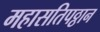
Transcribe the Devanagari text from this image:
महासतिपठ्ठान